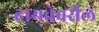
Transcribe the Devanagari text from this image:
हायवेवरील